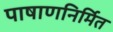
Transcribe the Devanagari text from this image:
पाषाणनिर्मित